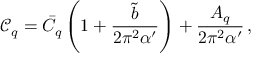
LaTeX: \mathcal { C } _ { q } = \bar { C } _ { q } \left( 1 + \frac { \tilde { b } } { 2 \pi ^ { 2 } \alpha ^ { \prime } } \right) + \frac { A _ { q } } { 2 \pi ^ { 2 } \alpha ^ { \prime } } \, ,